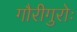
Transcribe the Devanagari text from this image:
गौरीगुरोः